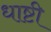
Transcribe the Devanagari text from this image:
धाष्टी